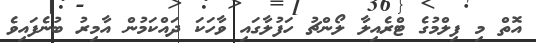
އޮތް މި ފިލްމުގެ ޓްރެއިލާ ލޯންޗު ހަފުލާގައި ވާހަކަ ދައްކަމުން އާމިރު ބުނެފައިވެ